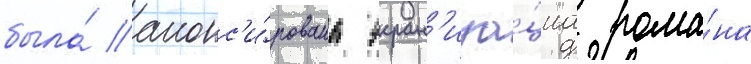
была́ анонс'и́рована экран'иза́циа рома́на